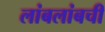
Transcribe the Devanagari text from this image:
लांबलांबची